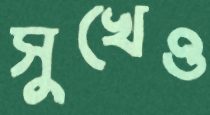
সুখেও